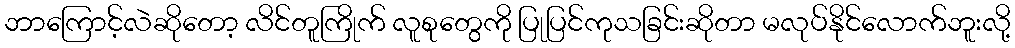
ဘာကြောင့်လဲဆိုတော့ လိင်တူကြိုက် လူစုတွေကို ပြုပြင်ကုသခြင်းဆိုတာ မလုပ်နိုင်လောက်ဘူးလို့